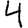
Digit: 4